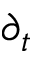
\partial _ { t }